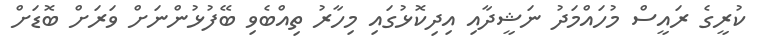
ކުރީގެ ރައީސް މުހައްމަދު ނަޝީދާއި އިދިކޮޅުގައި މިހާރު ތިއްބެެވި ބޭފުޅުންނަށް ވަރަށް ބޮޑަށް